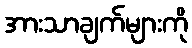
အားသာချက်များကို